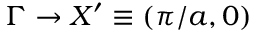
\Gamma \rightarrow X ^ { \prime } \equiv ( \pi / a , 0 )